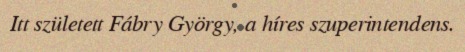
Itt született Fábry György, a híres szuperintendens.